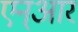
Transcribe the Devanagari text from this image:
एन्‌आर